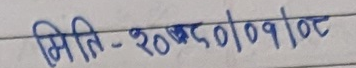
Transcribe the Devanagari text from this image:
मिति-२०७८/०१/०८